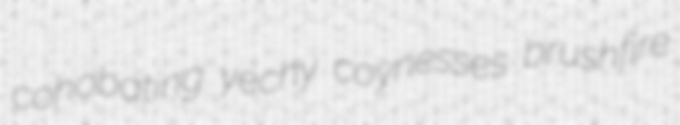
cohobating yechy coynesses brushfire